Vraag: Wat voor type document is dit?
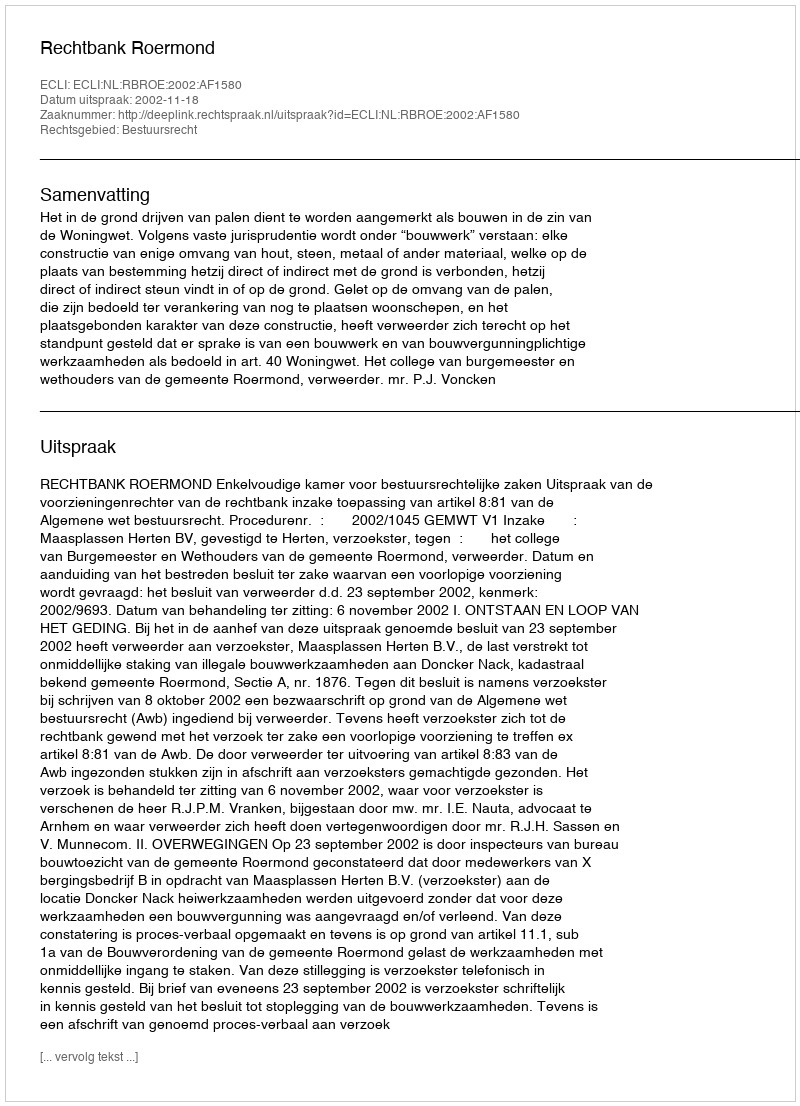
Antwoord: Uitspraak